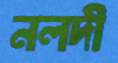
নলদী